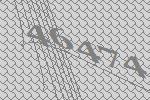
46474